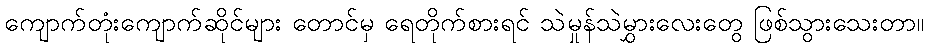
ကျောက်တုံးကျောက်ဆိုင်များ တောင်မှ ရေတိုက်စားရင် သဲမှုန်သဲမွှားလေးတွေ ဖြစ်သွားသေးတာ။